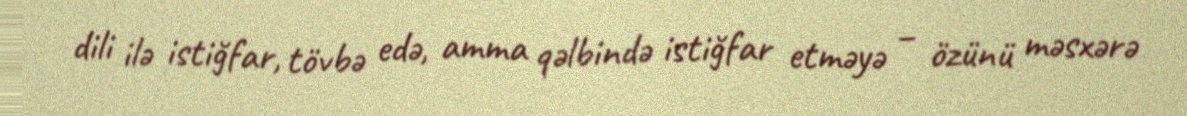
dili ilə istiğfar, tövbə edə, amma qəlbində istiğfar etməyə – özünü məsxərə